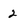
Character: 2